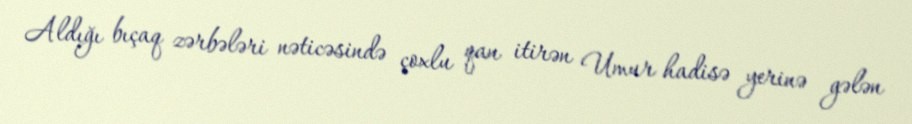
Aldığı bıçaq zərbələri nəticəsində çoxlu qan itirən Umur hadisə yerinə gələn